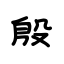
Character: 殷